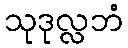
သုဒုလ္လဘံ